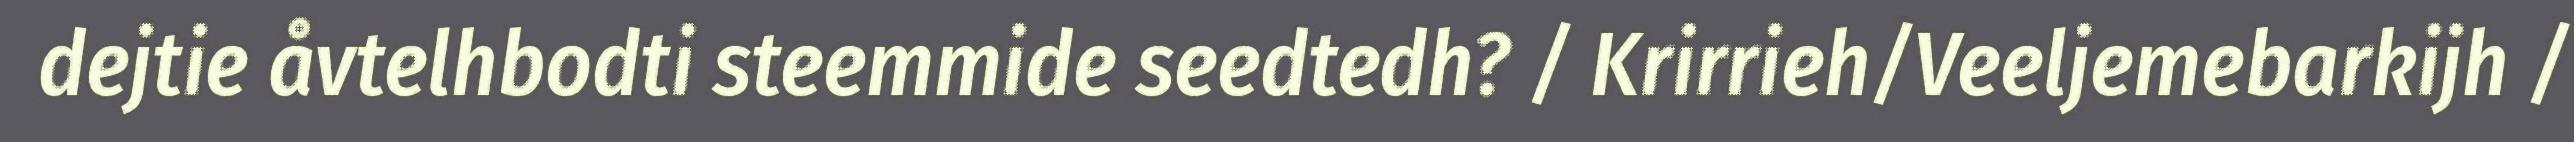
dejtie åvtelhbodti steemmide seedtedh? / Krirrieh/Veeljemebarkijh /